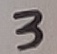
Text: 3